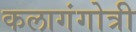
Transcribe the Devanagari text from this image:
कलागंगोत्री